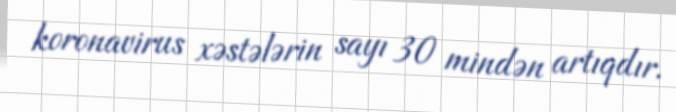
koronavirus xəstələrin sayı 30 mindən artıqdır.